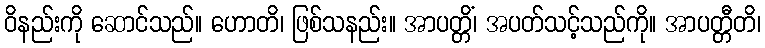
ဝိနည်းကို ဆောင်သည်။ ဟောတိ၊ ဖြစ်သနည်း။ အာပတ္တိံ၊ အပတ်သင့်သည်ကို။ အာပတ္တီတိ၊